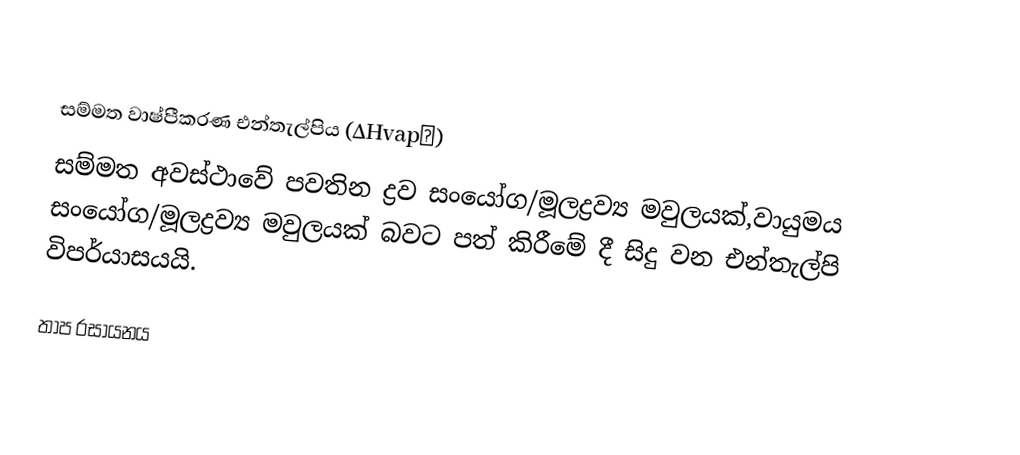

සම්මත වාෂ්පීකරණ එන්තැල්පිය (∆Hvap∅)
සම්මත අවස්ථාවේ  පවතින ද්‍රව සංයෝග/මූලද්‍රව්‍ය මවුලයක්,වායුමය සංයෝග/මූලද්‍රව්‍ය මවුලයක් බවට පත් කිරීමේ දී සිදු වන එන්තැල්පි විපර්යාසයයි.

තාප රසායනය